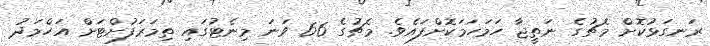
ރަނގަޅުކޮށް މެޗުގެ ނަތީޖާ ހަމަހަމަކޮށްފައެވެ. މެޗުގެ 66 ވަނަ މިނެޓުގައި ތިމަރަފުށްޓަށް އަހްމަދު